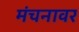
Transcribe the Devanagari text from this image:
मंचनावर